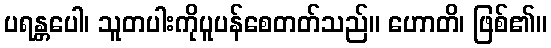
ပရန္တပေါ၊ သူတပါးကိုပူပန်စေတတ်သည်။ ဟောတိ၊ ဖြစ်၏။